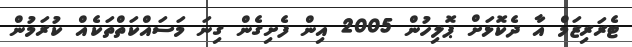
ޓެރަރިޒަމް އާ ދެކޮޅަށް ޕޮލިހުން 2005 އިން ފެށިގެން ގިނަ މަސައްކަތްތަކެއް ކުރަމުން